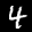
Label: 4